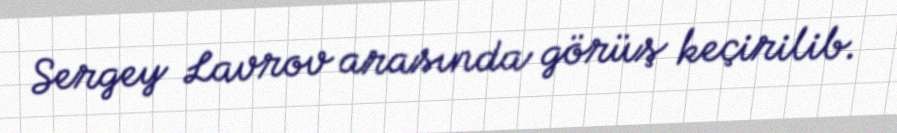
Sergey Lavrov arasında görüş keçirilib.